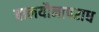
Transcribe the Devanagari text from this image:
बालयौनापराध